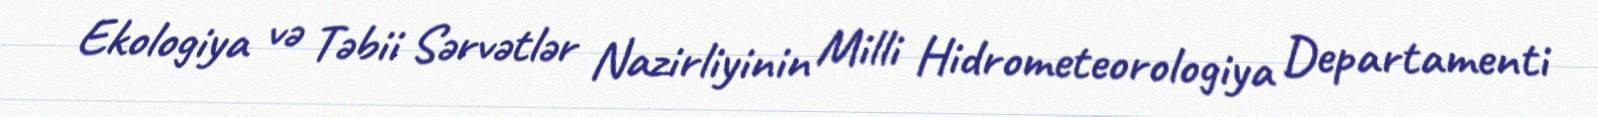
Ekologiya və Təbii Sərvətlər Nazirliyinin Milli Hidrometeorologiya Departamenti